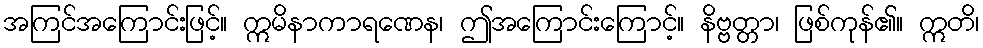
အကြင်အကြောင်းဖြင့်။ ဣမိနာကာရဏေန၊ ဤအကြောင်းကြောင့်။ နိဗ္ဗတ္တာ၊ ဖြစ်ကုန်၏။ ဣတိ၊